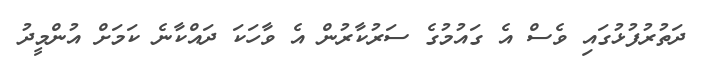
ދަތުރުފުޅުގައި ވެސް އެ ގައުމުގެ ސަރުކާރުން އެ ވާހަކަ ދައްކާނެ ކަމަށް އުންމީދު